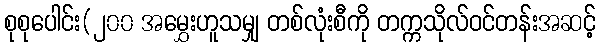
စုစုပေါင်း(၂၀၀ အမွှေးဟူသမျှ တစ်လုံးစီကို တက္ကသိုလ်ဝင်တန်းအဆင့်